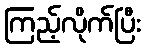
ကြည့်လိုက်ပြီး